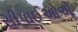
સીપાઈઓએ